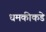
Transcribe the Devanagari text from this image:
धमकीकडे